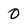
Character: 0